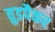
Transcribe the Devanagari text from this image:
वुडपैकर